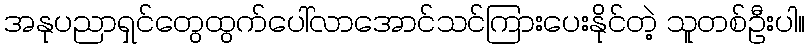
အနုပညာရှင်တွေထွက်ပေါ်လာအောင်သင်ကြားပေးနိုင်တဲ့ သူတစ်ဦးပါ။